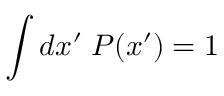
\int d x ^ { \prime } \; P ( x ^ { \prime } ) = 1